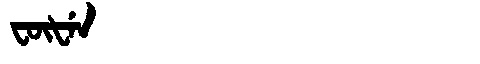
Manchu: ᡶᡡᡶᡝᠨ
Romanization: FŪFEN